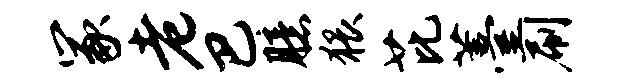
冢老巴臆猥芘薹刷